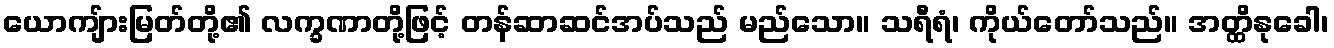
ယောကျ်ားမြတ်တို့၏ လက္ခဏာတို့ဖြင့် တန်ဆာဆင်အပ်သည် မည်သော။ သရီရံ၊ ကိုယ်တော်သည်။ အတ္ထိနုခေါ၊